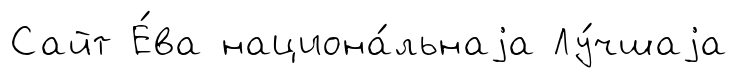
Сайт Е́ва национа́льнаjа Лу́чшаjа